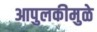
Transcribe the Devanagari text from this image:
आपुलकीमुळे